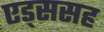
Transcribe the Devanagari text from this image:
एड्ससह